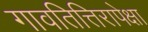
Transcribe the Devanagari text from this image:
गावतित्तिरापेक्षा